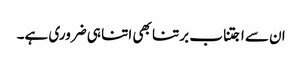
ان سے اجتناب برتنا بھی اتنا ہی ضروری ہے۔